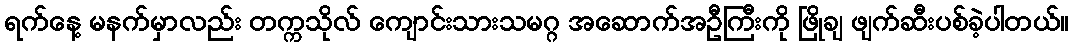
ရက်နေ့ မနက်မှာလည်း တက္ကသိုလ် ကျောင်းသားသမဂ္ဂ အဆောက်အဦကြီးကို ဖြိုချ ဖျက်ဆီးပစ်ခဲ့ပါတယ်။